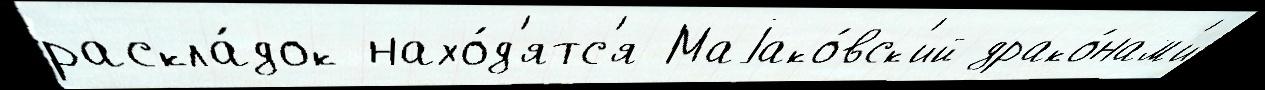
раскла́док нахо́д'ятс'я Маjако́вск'ий драко́нам'и